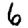
Digit: 6